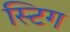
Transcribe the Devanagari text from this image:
स्टिग